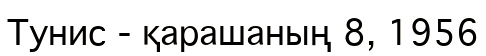
Тунис - қарашаның 8, 1956